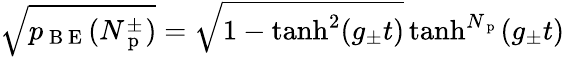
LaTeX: \sqrt{p_{\mathrm{~B~E~}}(N_{\mathrm{~p~}}^{\pm})}=\sqrt{1-\operatorname{tanh}^{2}(g_{\pm}t)}\operatorname{tanh}^{N_{\mathrm{~p~}}}(g_{\pm}t)